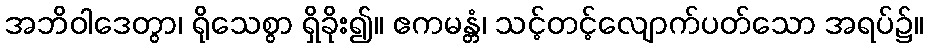
အဘိဝါဒေတွာ၊ ရိုသေစွာ ရှိခိုး၍။ ဧကမန္တံ၊ သင့်တင့်လျောက်ပတ်သော အရပ်၌။